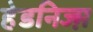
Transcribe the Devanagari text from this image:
हेडनिज्म़